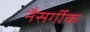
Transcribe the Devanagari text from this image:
नैसर्गीक